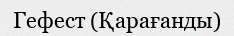
Гефест (Қарағанды)